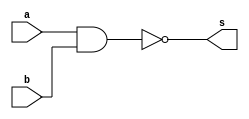
// -------------------------
// Ex1  gate 2 entradas
// Nome: Vinicius Bordoni
// -------------------------
// -------------------------
// -- nand gate
// -------------------------
module nandgate ( output s,
input a, b);
assign s = ( ~(a&b) );
endmodule // nandgate
// ---------------------
// -- test nand gate
// ---------------------
module testnandgate;
// ------------------------- dados locais
reg p, q; // definir registradores
wire s; // definir conexao (fio)
// ------------------------- instancia
nandgate NAND1 (s, p, q);
// ------------------------- preparacao
initial begin:start
p=0; q=0;
end

// ------------------------- parte principal
initial begin
$display("Ex1 Nand gate - Vinicius Bordoni - 365595");
$display("Test nand gate");
$display("\np  q = s\n");
p=0; q=0;
#1 $display("%b   %b  = %b",p, q, s);
p=0; q=1;
#1 $display("%b   %b  = %b", p, q, s);
p=1; q=0;
#1 $display("%b   %b  = %b", p, q, s);
p=1; q=1;
#1 $display("%b   %b  = %b", p, q, s);
end
endmodule // testnandgate